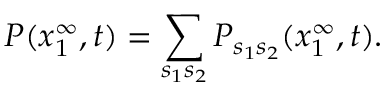
P ( x _ { 1 } ^ { \infty } , t ) = \sum _ { s _ { 1 } s _ { 2 } } P _ { s _ { 1 } s _ { 2 } } ( x _ { 1 } ^ { \infty } , t ) .